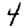
Digit: 4